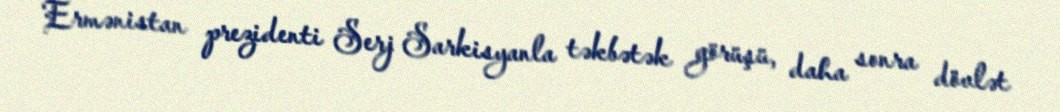
Ermənistan prezidenti Serj Sarkisyanla təkbətək görüşü, daha sonra dövlət